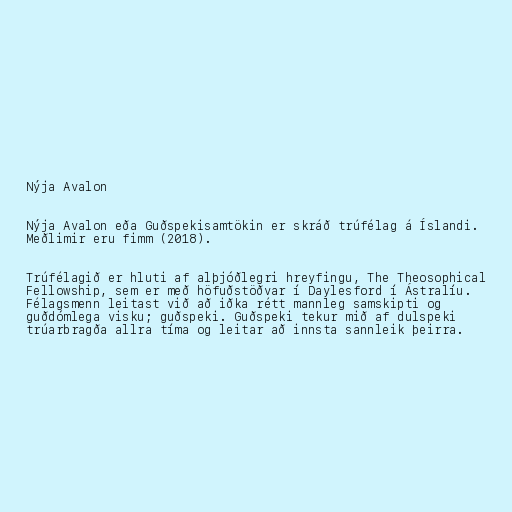
Nýja Avalon

Nýja Avalon eða Guðspekisamtökin er skráð trúfélag á Íslandi.
Meðlimir eru fimm (2018).

Trúfélagið er hluti af alþjóðlegri hreyfingu, The Theosophical
Fellowship, sem er með höfuðstöðvar í Daylesford í Ástralíu.
Félagsmenn leitast við að iðka rétt mannleg samskipti og
guðdómlega visku; guðspeki. Guðspeki tekur mið af dulspeki
trúarbragða allra tíma og leitar að innsta sannleik þeirra.